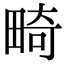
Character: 畸